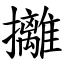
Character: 攡